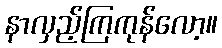
နာလှည့်ကြကုန်လော့။